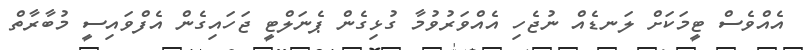
އެއްވެސް ޓީމަކަށް ލަނޑެއް ނުޖެހި އެއްވަރުވުމާ ގުޅިގެން ޕެނަލްޓީ ޖަހައިގެން އެފްވައިސީ މުބާރާތް